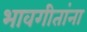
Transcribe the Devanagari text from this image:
भावगीतांना